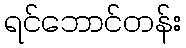
ရင်ဘောင်တန်း